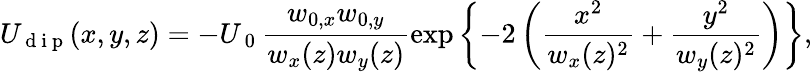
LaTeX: U_{\mathrm{~d~i~p~}}(x,y,z)=-U_{\mathrm{~0~}}\frac{w_{0,x}w_{0,y}}{w_{x}(z)w_{y}(z)}\exp\left\{ -2\left(\frac{x^{2}}{w_{x}(z)^{2}}+\frac{y^{2}}{w_{y}(z)^{2}}\right)\right\} ,